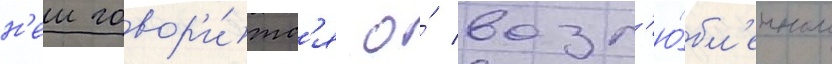
н'еи говор'и́тс'я о́ возл'ю́бл'енном